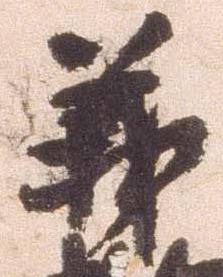
義